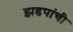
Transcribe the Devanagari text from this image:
झडपांची